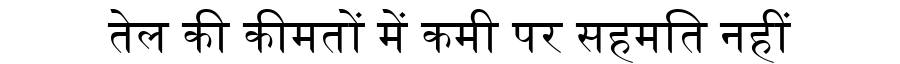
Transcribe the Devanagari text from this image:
तेल की कीमतों में कमी पर सहमति नहीं